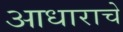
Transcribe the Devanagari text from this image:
आधाराचे